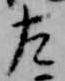
左